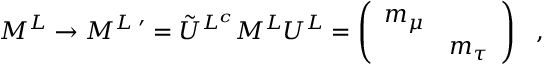
M ^ { L } \rightarrow M ^ { L } \, ^ { \prime } = \tilde { U } ^ { L ^ { c } } M ^ { L } U ^ { L } = \left( \begin{array} { c c } { { m _ { \mu } } } & { { } } \\ { { } } & { { m _ { \tau } } } \end{array} \right) \ \ ,